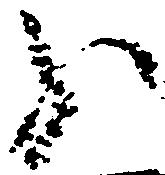
分